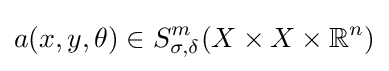
a(x,y,\theta )\in S_{\sigma ,\delta }^{m}(X\times X\times \mathbb {R} ^{n})